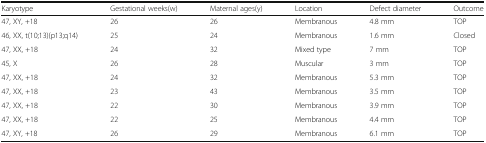
<table><thead><tr><td><b>Karyotype</b></td><td><b>Gestational weeks(w)</b></td><td><b>Maternal ages(y)</b></td><td><b>Location</b></td><td><b>Defect diameter</b></td><td><b>Outcome</b></td></tr></thead><tbody><tr><td>47, XY, +18</td><td>26</td><td>26</td><td>Membranous</td><td>4.8 mm</td><td>TOP</td></tr><tr><td>46, XX, t(10;13)(p13;q14)</td><td>25</td><td>24</td><td>Membranous</td><td>1.6 mm</td><td>Closed</td></tr><tr><td>47, XX, +18</td><td>24</td><td>32</td><td>Mixed type</td><td>7 mm</td><td>TOP</td></tr><tr><td>45, X</td><td>26</td><td>28</td><td>Muscular</td><td>3 mm</td><td>TOP</td></tr><tr><td>47, XX, +18</td><td>24</td><td>32</td><td>Membranous</td><td>5.3 mm</td><td>TOP</td></tr><tr><td>47, XX, +18</td><td>23</td><td>43</td><td>Membranous</td><td>3.5 mm</td><td>TOP</td></tr><tr><td>47, XX, +18</td><td>22</td><td>30</td><td>Membranous</td><td>3.9 mm</td><td>TOP</td></tr><tr><td>47, XX, +18</td><td>22</td><td>25</td><td>Membranous</td><td>4.4 mm</td><td>TOP</td></tr><tr><td>47, XY, +18</td><td>26</td><td>29</td><td>Membranous</td><td>6.1 mm</td><td>TOP</td></tr></tbody></table>